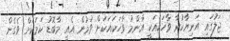
ޖަލުގައި އަނިޔާކުރާ ވާހަކައަކީ އާންމު ވާހަކައަކަށް ވުމުން އެއީ މާބޮޑު ކަމަކަށް ވެގެން